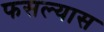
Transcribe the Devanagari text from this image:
फसल्यास